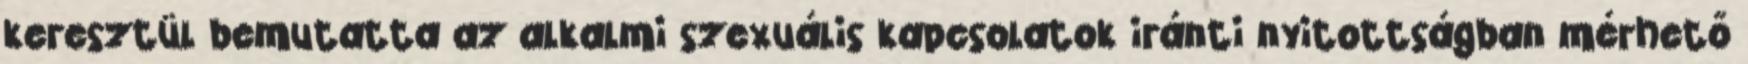
keresztül bemutatta az alkalmi szexuális kapcsolatok iránti nyitottságban mérhető